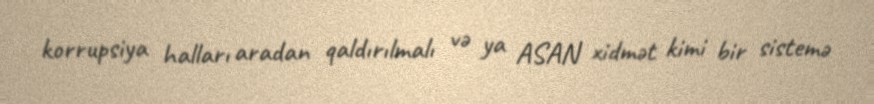
korrupsiya halları aradan qaldırılmalı və ya ASAN xidmət kimi bir sistemə